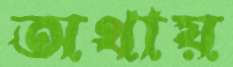
অথায়